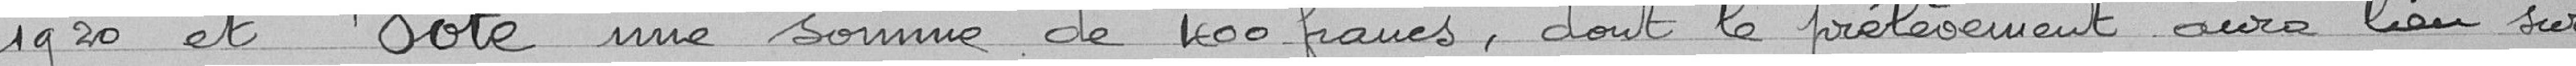
1920 et Vote une somme de 400 francs, dont le prélèvement aura lieu sur